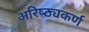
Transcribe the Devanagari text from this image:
अरिष्ठ्यकर्ण